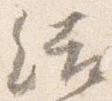
結